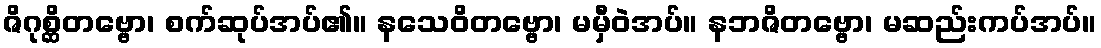
ဇိဂုစ္ဆိတဗ္ဗော၊ စက်ဆုပ်အပ်၏။ နသေဝိတဗ္ဗော၊ မမှီဝဲအပ်။ နဘဇိတဗ္ဗော၊ မဆည်းကပ်အပ်။